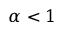
\alpha < 1